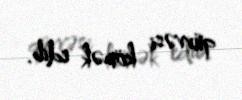
qüvvəsi kömək edib.